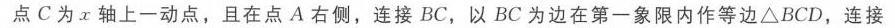
点\(C\)为\(x\)轴上一动点，且在点\(A\)右侧，连接\(BC\)，以\(BC\)为边在第一象限内作等边\(\triangle BCD\)，连接